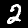
Digit: 2